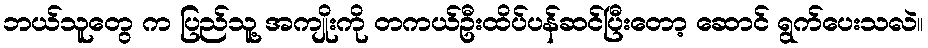
ဘယ်သူတွေ က ပြည်သူ့ အကျိုးကို တကယ်ဦးထိပ်ပန်ဆင်ပြီးတော့ ဆောင် ရွက်ပေးသလဲ။